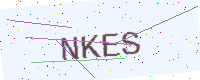
Text: NKES